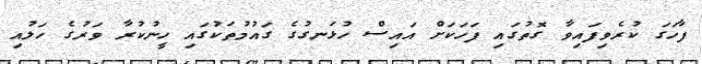
ފާހަގަ ކުރެވިފައިވާ ގޮތުގައި ފަހަކަށް އައިސް ހުޅަނގުގެ ގައުމުތަކުގައި ހީނުކުރާ ވަރުގެ ހަލުއި